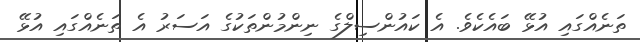
ތަނެއްގައި އުޅޭ ބައެކެވެ. އެ ކައުންސިލްގެ ނިންމުންތަކުގެ އަސަރު އެ ތަނެއްގައި އުޅޭ